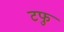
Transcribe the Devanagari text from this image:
टफु